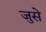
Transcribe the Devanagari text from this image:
जुसे